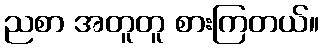
ညစာ အတူတူ စားကြတယ်။